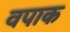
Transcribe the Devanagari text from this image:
वपाक